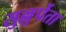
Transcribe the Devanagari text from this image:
सुल्लुर्पेता